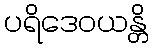
ပရိဒေဝယန္တိ